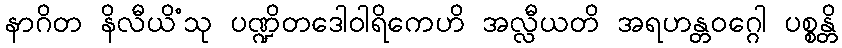
နာဂိတ နိလီယိံသု ပဏ္ဍိတဒေါဝါရိကေဟိ အလ္လီယတိ အရဟန္တဝဂ္ဂေါ ပစ္စန္တိ